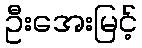
ဦးအေးမြင့်